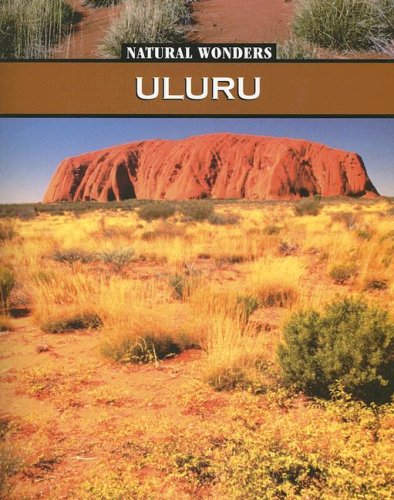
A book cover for Uluru: Sacred Rock of the Australian Desert (Natural Wonders); Jennifer Hurtig; Children's Books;